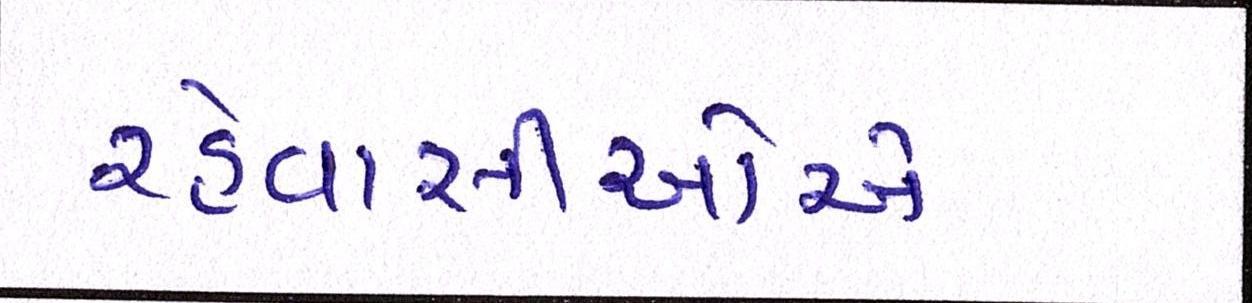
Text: રહેવાસીઓએ